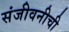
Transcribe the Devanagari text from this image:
संजीवनीची